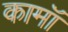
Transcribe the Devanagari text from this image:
कामॉ